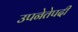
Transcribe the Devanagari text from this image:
उपनेतेपदी